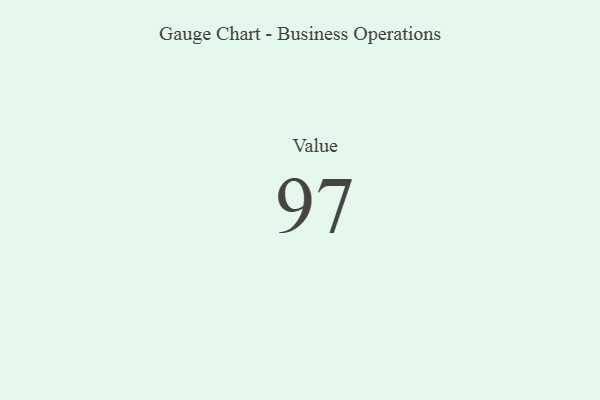
{"axis": {"x": "Metric", "y": "Value"}, "legend": [""], "data": [{"x": "Value", "y": 97, "type": ""}]}